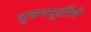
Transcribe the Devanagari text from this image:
पूजनमूर्तीचे